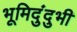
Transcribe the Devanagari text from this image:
भूमिदुंदुभी